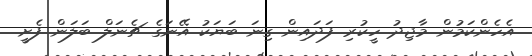
އެހެންކަމުން މާޖިދު ހީކުރި ފަދައިން ގިނަ ބަޔަކު އޭނަގެ ޗެނަލް ބަލަން ފެށީ